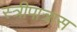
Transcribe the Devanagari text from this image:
स्त्रीपात्रास